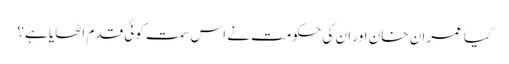
کیا عمران خان اور ان کی حکومت نے اس سمت کوئی قدم اٹھایا ہے؟